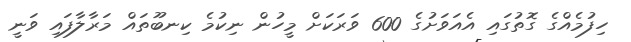
ހިފުމެއްގެ ގޮތުގައި އެއަވަށުގެ 600 ވަރަކަށް މީހުން ނިކުމެ ކިނބޫތައް މަރާލާފައި ވަނީ